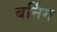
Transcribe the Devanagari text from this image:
बर्निग